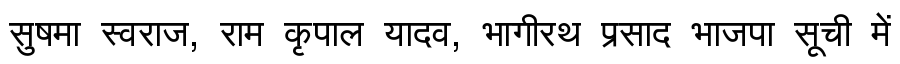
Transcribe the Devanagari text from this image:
सुषमा स्वराज, राम कृपाल यादव, भागीरथ प्रसाद भाजपा सूची में